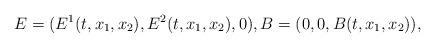
LaTeX: \begin{align*}E=(E^1(t,x_1,x_2),E^2(t,x_1,x_2),0),B=(0,0,B(t,x_1,x_2)),\end{align*}